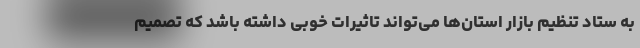
به ستاد تنظیم بازار استان‌ها می‌تواند تاثیرات خوبی داشته باشد که تصمیم